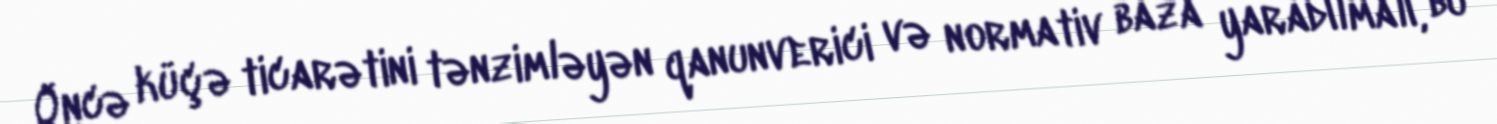
Öncə küçə ticarətini tənzimləyən qanunverici və normativ baza yaradılmalı, bu